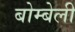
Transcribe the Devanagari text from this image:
बोम्बेली